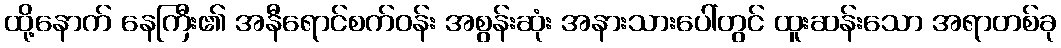
ထို့နောက် နေကြီး၏ အနီရောင်စက်ဝန်း အစွန်းဆုံး အနားသားပေါ်တွင် ထူးဆန်းသော အရာတစ်ခု